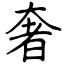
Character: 奢